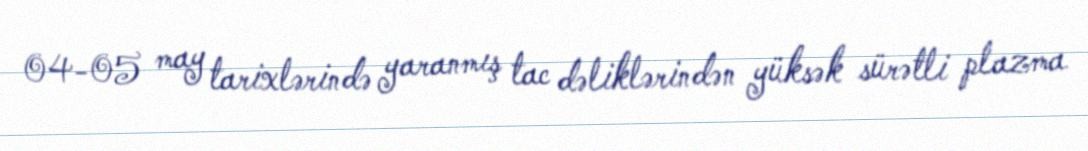
04-05 may tarixlərində yaranmış tac dəliklərindən yüksək sürətli plazma